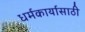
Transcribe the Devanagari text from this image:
धर्मकार्यासाठी